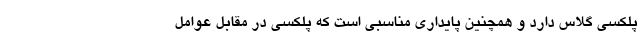
پلکسی گلاس دارد و همچنین پایداری مناسبی است که پلکسی در مقابل عوامل